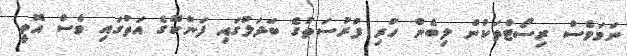
ނަމަވެސް ރިސޯޓްތަކުން ލިބެން ހުރި ފުރުސަތުގެ ބަދަލުގައި ފަންކޮގެ އަތުގައި ވެސް އޮތީ